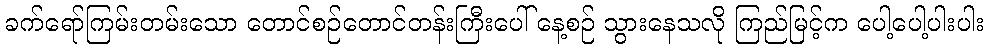
ခက်ရော်ကြမ်းတမ်းသော တောင်စဉ်တောင်တန်းကြီးပေါ် နေ့စဉ် သွားနေသလို ကြည်မြင့်က ပေါ့ပေါ့ပါးပါး